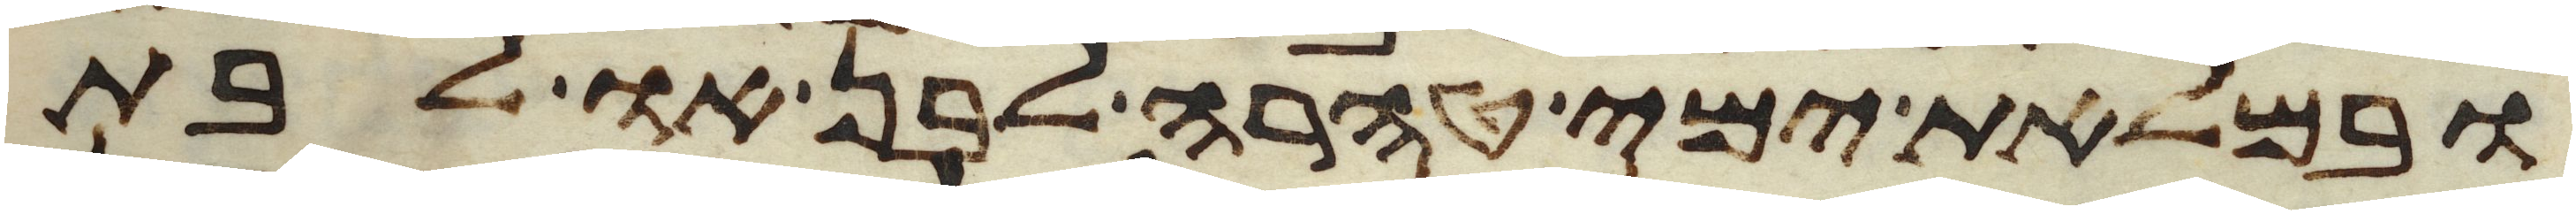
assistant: ובמלאת ימי טהרה לבן או לבת